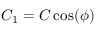
C _ { 1 } = C \cos ( \phi )